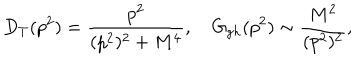
D _ { T } ( p ^ { 2 } ) = { \frac { p ^ { 2 } } { ( p ^ { 2 } ) ^ { 2 } + M ^ { 4 } } } , \quad G _ { g h } ( p ^ { 2 } ) \sim { \frac { M ^ { 2 } } { ( p ^ { 2 } ) ^ { 2 } } } ,